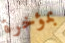
بمؤخرة